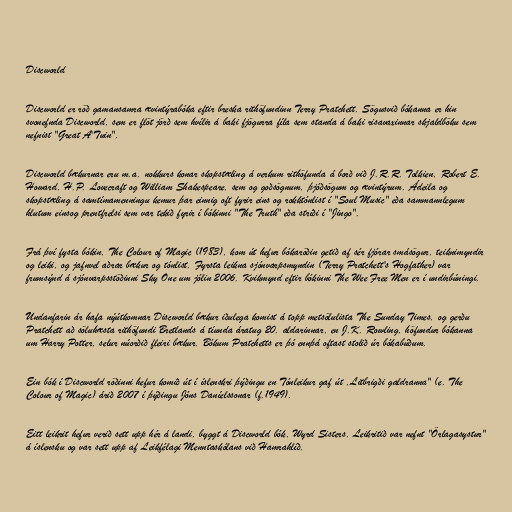
Discworld

Discworld er röð gamansamra ævintýrabóka eftir breska rithöfundinn Terry Pratchett. Sögusvið bókanna er hin
svonefnda Discworld, sem er flöt jörð sem hvílir á baki fjögurra fíla sem standa á baki risavaxinnar skjaldböku sem
nefnist "Great A'Tuin".

Discworld bækurnar eru m.a. nokkurs konar skopstæling á verkum rithöfunda á borð við J.R.R. Tolkien, Robert E.
Howard, H.P. Lovecraft og William Shakespeare, sem og goðsögnum, þjóðsögum og ævintýrum. Ádeila og
skopstæling á samtímamenningu kemur þar einnig oft fyrir eins og rokktónlist í "Soul Music" eða sammannlegum
hlutum einsog prentfrelsi sem var tekið fyrir í bókinni "The Truth" eða stríði í "Jingo".

Frá því fysta bókin, The Colour of Magic (1983), kom út hefur bókaröðin getið af sér fjórar smásögur, teiknimyndir
og leiki, og jafnvel aðrar bækur og tónlist. Fyrsta leikna sjónvarpsmyndin (Terry Pratchett's Hogfather) var
frumsýnd á sjónvarpsstöðinni Sky One um jólin 2006. Kvikmynd eftir bókinni The Wee Free Men er í undirbúningi.

Undanfarin ár hafa nýútkomnar Discworld bækur iðulega komist á topp metsölulista The Sunday Times, og gerðu
Pratchett að söluhæsta rithöfundi Bretlands á tíunda áratug 20. aldarinnar, en J.K. Rowling, höfundur bókanna
um Harry Potter, selur núorðið fleiri bækur. Bókum Pratchetts er þó ennþá oftast stolið úr bókabúðum.

Ein bók í Discworld röðinni hefur komið út í íslenskri þýðingu en Tónleikur gaf út ,Litbrigði galdranna" (e. The
Colour of Magic) árið 2007 í þýðingu Jóns Daníelssonar (f.1949).

Eitt leikrit hefur verið sett upp hér á landi, byggt á Discworld bók, Wyrd Sisters. Leikritið var nefnt "Örlagasystur"
á íslensku og var sett upp af Leikfélagi Menntaskólans við Hamrahlíð.